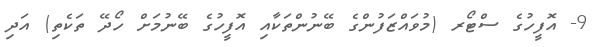
9- އޮފީހުގެ ސްޓޯރ (މުވައްޒަފުންގެ ބޭނުންތަކާއި އޮފީހުގެ ބޭނުމަށް ހޯދޭ ތަކެތި) އަދި